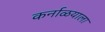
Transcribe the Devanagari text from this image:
कर्नाळयाला